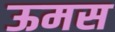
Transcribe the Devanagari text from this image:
ऊमस